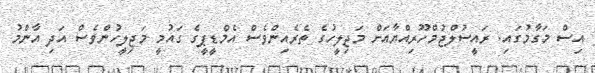
އިސް މަގާމުގައި. ރައީސުލްޖުމްހޫރިއްޔާއަށް މަޖިލީހުގެ ތެރެއިންވެސް އެމްޑީޕީގެ ގައުމީ މަޖިލީހުންވެސް އަދި އާންމު